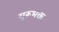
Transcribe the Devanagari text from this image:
गुरूभक्त